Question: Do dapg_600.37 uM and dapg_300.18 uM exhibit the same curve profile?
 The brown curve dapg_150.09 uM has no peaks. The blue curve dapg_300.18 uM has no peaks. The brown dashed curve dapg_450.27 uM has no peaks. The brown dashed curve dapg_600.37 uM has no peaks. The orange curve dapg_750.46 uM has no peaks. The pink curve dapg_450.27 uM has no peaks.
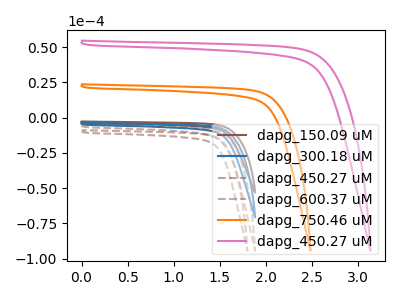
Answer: <think>Neither "dapg_600.37 uM" or "dapg_300.18 uM" have any peaks.
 </think>
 <answer>"dapg_600.37 uM" and "dapg_300.18 uM" are similar in shape.</answer>
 <eval>same_shape</eval>